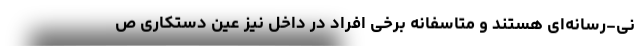
نی-رسانه‌ای هستند و متاسفانه برخی افراد در داخل نیز عین دستکاری ص